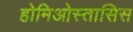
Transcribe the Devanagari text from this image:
होमिओस्तासिस